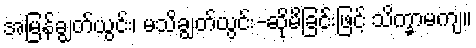
အမြန်ချွတ်ယွင်း၊ မသိချွတ်ယွင်း-ဆိုမိခြင်းဖြင့် သိက္ခာမကျ။